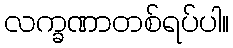
လက္ခဏာတစ်ရပ်ပါ။